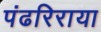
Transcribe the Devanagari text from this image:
पंढरिराया